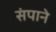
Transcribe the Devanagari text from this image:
संपाने